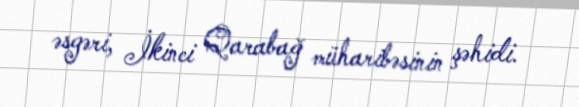
əsgəri, İkinci Qarabağ müharibəsinin şəhidi.